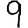
Digit: 9